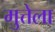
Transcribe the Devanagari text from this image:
मुत्तेला